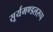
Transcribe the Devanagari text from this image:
सूर्यमण्डलरूप